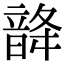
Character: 𩐨